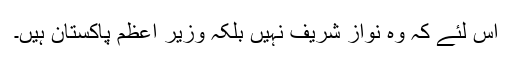
اس لئے کہ وہ نواز شریف نہیں بلکہ وزیر اعظم پاکستان ہیں۔